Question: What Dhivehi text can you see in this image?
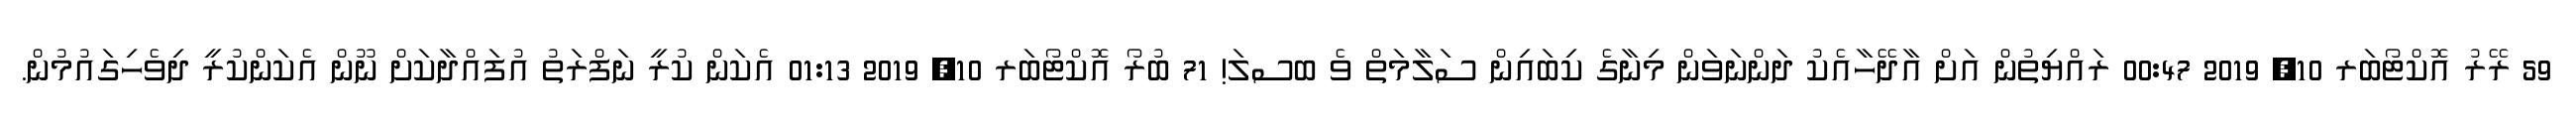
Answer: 59 ރޭރު އޮކްޓޯބަރ 10, 2019 00:47 ރައްޔިތުން އަށް އާދޭހާއެކު ދަންނަވަން މިނާގެ ކިބައިން ސަލާމަތް ވެ ބސލަ! 71 ބުރޯ އޮކްޓޯބަރ 10, 2019 01:13 އެކަން ކުރީ ނަފްރަތު އުފައްދާކަށް ނޫން އެކަންކުރީ ދިވެހިގައުމުން.